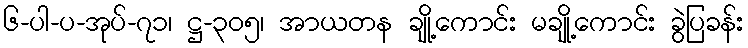
၆-ပါ-ပ-အုပ်-၇၁၊ ဋ္ဌ-၃၀၅၊ အာယတန ချို့ကောင်း မချို့ကောင်း ခွဲပြခန်း